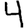
Digit: 4